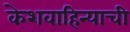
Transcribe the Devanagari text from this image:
केशवाहिन्याची